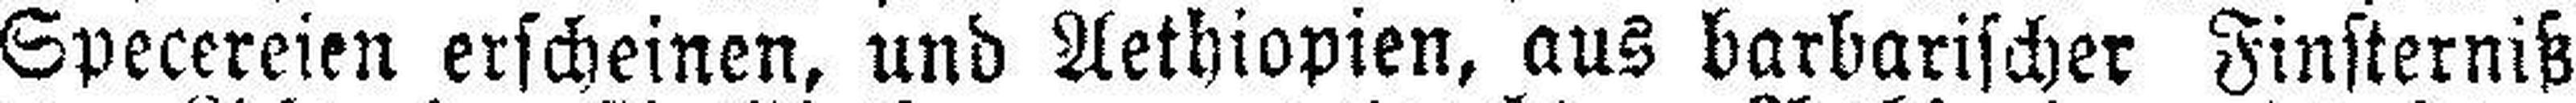
Specereien erscheinen, und Aethiopien, aus barbarischer Finsterniß